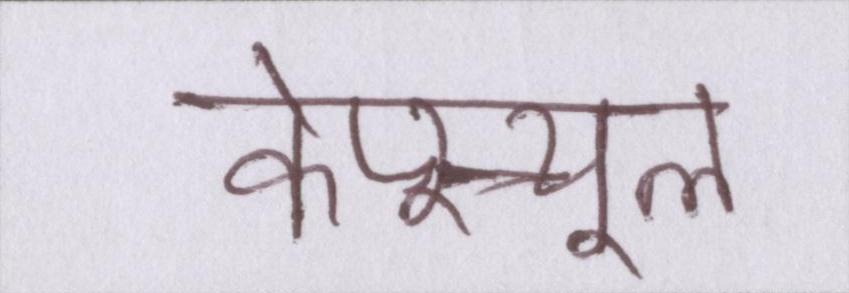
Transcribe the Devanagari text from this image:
केप्स्यूल